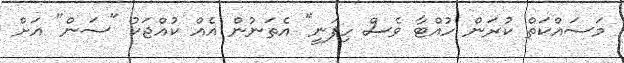
މަސައްކަތް ކުރަން ހުއްޓާ ވެސް ހިފަނީ" އެތަނުން އެއް ކުއްޖަކު "ސަން" އަށް